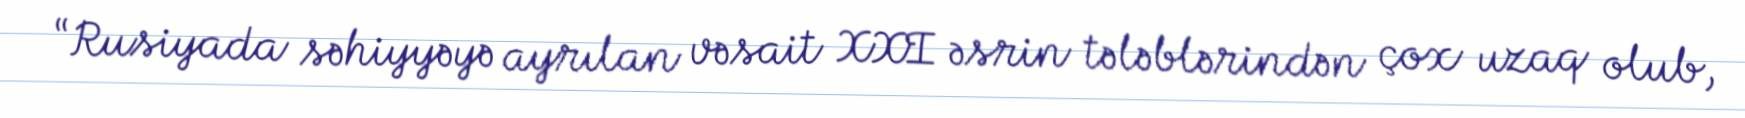
“Rusiyada səhiyyəyə ayrılan vəsait XXI əsrin tələblərindən çox uzaq olub,